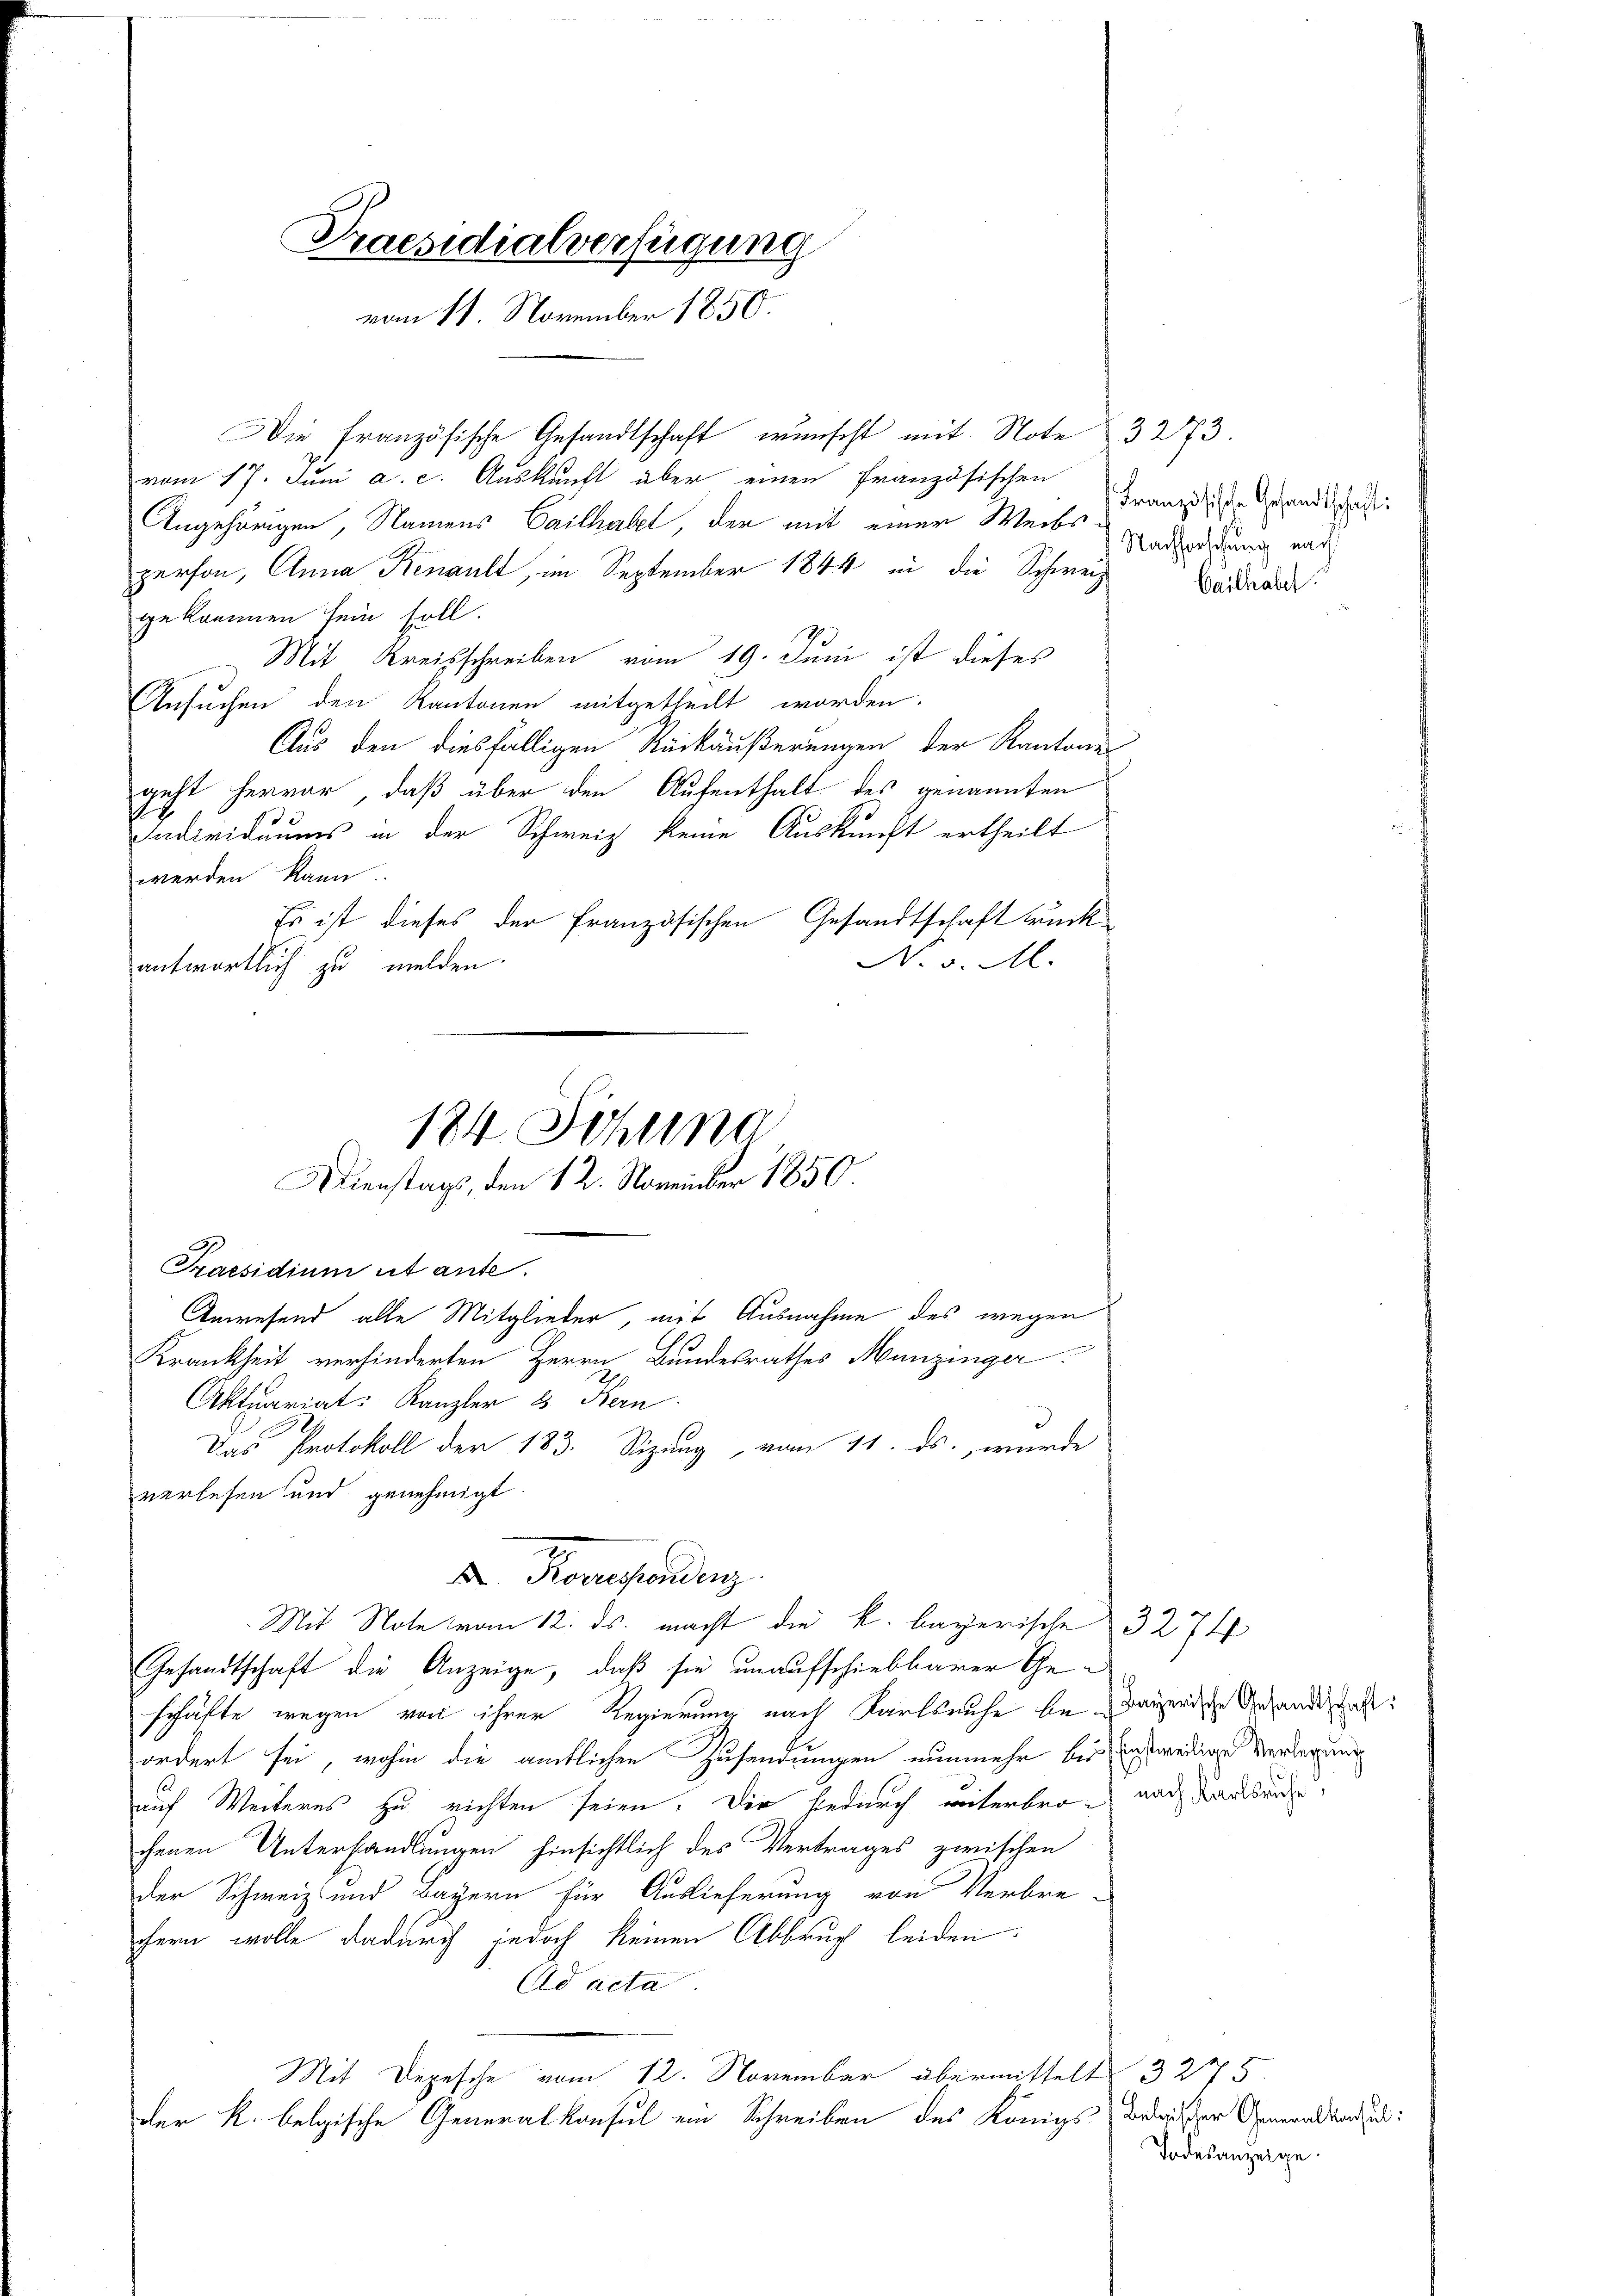
Praesidialverfügung
vom 11. November 1850.

Die französische Gesandtschaft wünscht mit Note 3273.
vom 17. Juni a. c. Auskunft aber einen französischen
Angehörigen, Namens Cailhabel, der mit einer Weibsperson, Anna Renault, im September 1844 in die Schweiz Baden
gekommen sein soll.
Mit Kreisschreiben vom 19. Juni ist dieses
Ansuchen den Kantonen mitgetheilt worden.
Aus den diesfälligen Rückäußerungen der Kantone
geht hervor, daß über den Aufenthalt des genannten
Individuums in der Schweiz keine Auskunft ertheilt
werden kann.
Es ist dieses der französischen Gesandtschaft würck
Krankheit verhinderten Herrn Bundesrathes Munzinger
Aktuariat. Kanzler 2 Kern
Das Protokoll der 183. Sizung, vom 11. ds. wurde
verlesen und genehmigt.
X Roverorden.
Mit Note vom 12. ds. macht die k. bayerische 3274
Gesandtschaft die Anzeige, daß sie unaufschiebbarer Geschäfte wegen von ihrer Regierung nach Karlsruhe bedauerdige Anhandent:
ordert sei, wohin die amtlichen Zusendungen nunmehr bei einstweiliger Verlegung
auf Weiteres zu richten seien. Die hiedurch unterbro- auch darbei
chenen Unterhandlungen hinsichtlich des Vertrages zwischen
der Schweiz und Bayern für Auslieferung von Verbre-
hern wolle dadurch jedoch keinen Abbruch leiden.
Ad acta
Mit Depesche vom 12. November übermittelt 32775
der K. belgische Generalkonsul ein Schreiben des Königs bedieser Generalkandis:

No v. M.
antwortlich zu melden.
184. Schlina
Dienstags, den 12. November 1850.
Praesidium et ante.
Anwesend alle Mitglieder, mit Ausnahme des wegen

Französische Gesandtschaft:
Nachforschung nach

Todesanzeige.